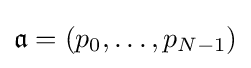
{\mathfrak {a}}=(p_{0},\dotsc ,p_{N-1})